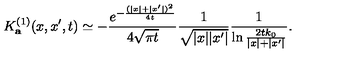
K _ { \bf a } ^ { ( 1 ) } ( x , x ^ { \prime } , t ) \simeq - { \frac { e ^ { - { \frac { ( | x | + | x ^ { \prime } | ) ^ { 2 } } { 4 t } } } } { 4 \sqrt { \pi t } } } { \frac { 1 } { \sqrt { | x | | x ^ { \prime } | } } } { \frac { 1 } { \ln { \frac { 2 t k _ { 0 } } { | x | + | x ^ { \prime } | } } } } .